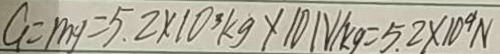
G = m g = 5 . 2 \times 1 0 ^ { 3 } k g \times 1 0 N / k g = 5 . 2 \times 1 0 ^ { 9 } N